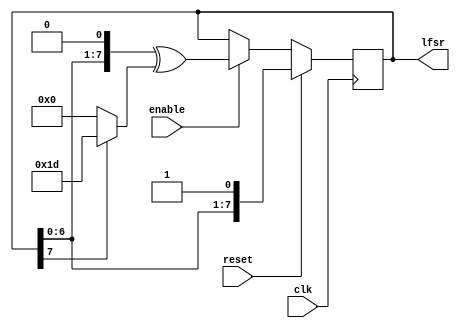
`ifndef LFSR_V
`define LFSR_V

/*
 *  Configurable Linear Feedback Shift Register.
 *
 *  Parameters:
 *      NBITS:  bit width (default = 8)
 *      TAPS:   bitmask for taps (default = 8'b11101)
 *      INVERT: invert feedback bit? (default = 0)
 *
 */

module LFSR(clk, reset, enable, lfsr);
  
    parameter NBITS  = 8;           // bit width
    parameter TAPS   = 8'b11101;    // bitmask for taps
    parameter INVERT = 0;		    // invert feedback bit?

    input clk, reset;
    input enable;			        // only perform shift when enable=1
    output reg [NBITS-1:0] lfsr;    // shift register

    wire feedback = lfsr[NBITS-1] ^ INVERT;
    
    initial begin
        lfsr = 8'b11111111;          // init with all 1s - note this won't work for other sizes of the lfst reg
    end

    always @(posedge clk)
    begin
        if (reset)
            lfsr <= {lfsr[NBITS-2:0], 1'b1}; // reset loads with all 1s
        else if (enable)
            lfsr <= {lfsr[NBITS-2:0], 1'b0} ^ (feedback ? TAPS : 0);
    end

endmodule

`endif